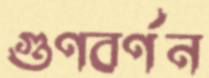
গুণবর্ণন